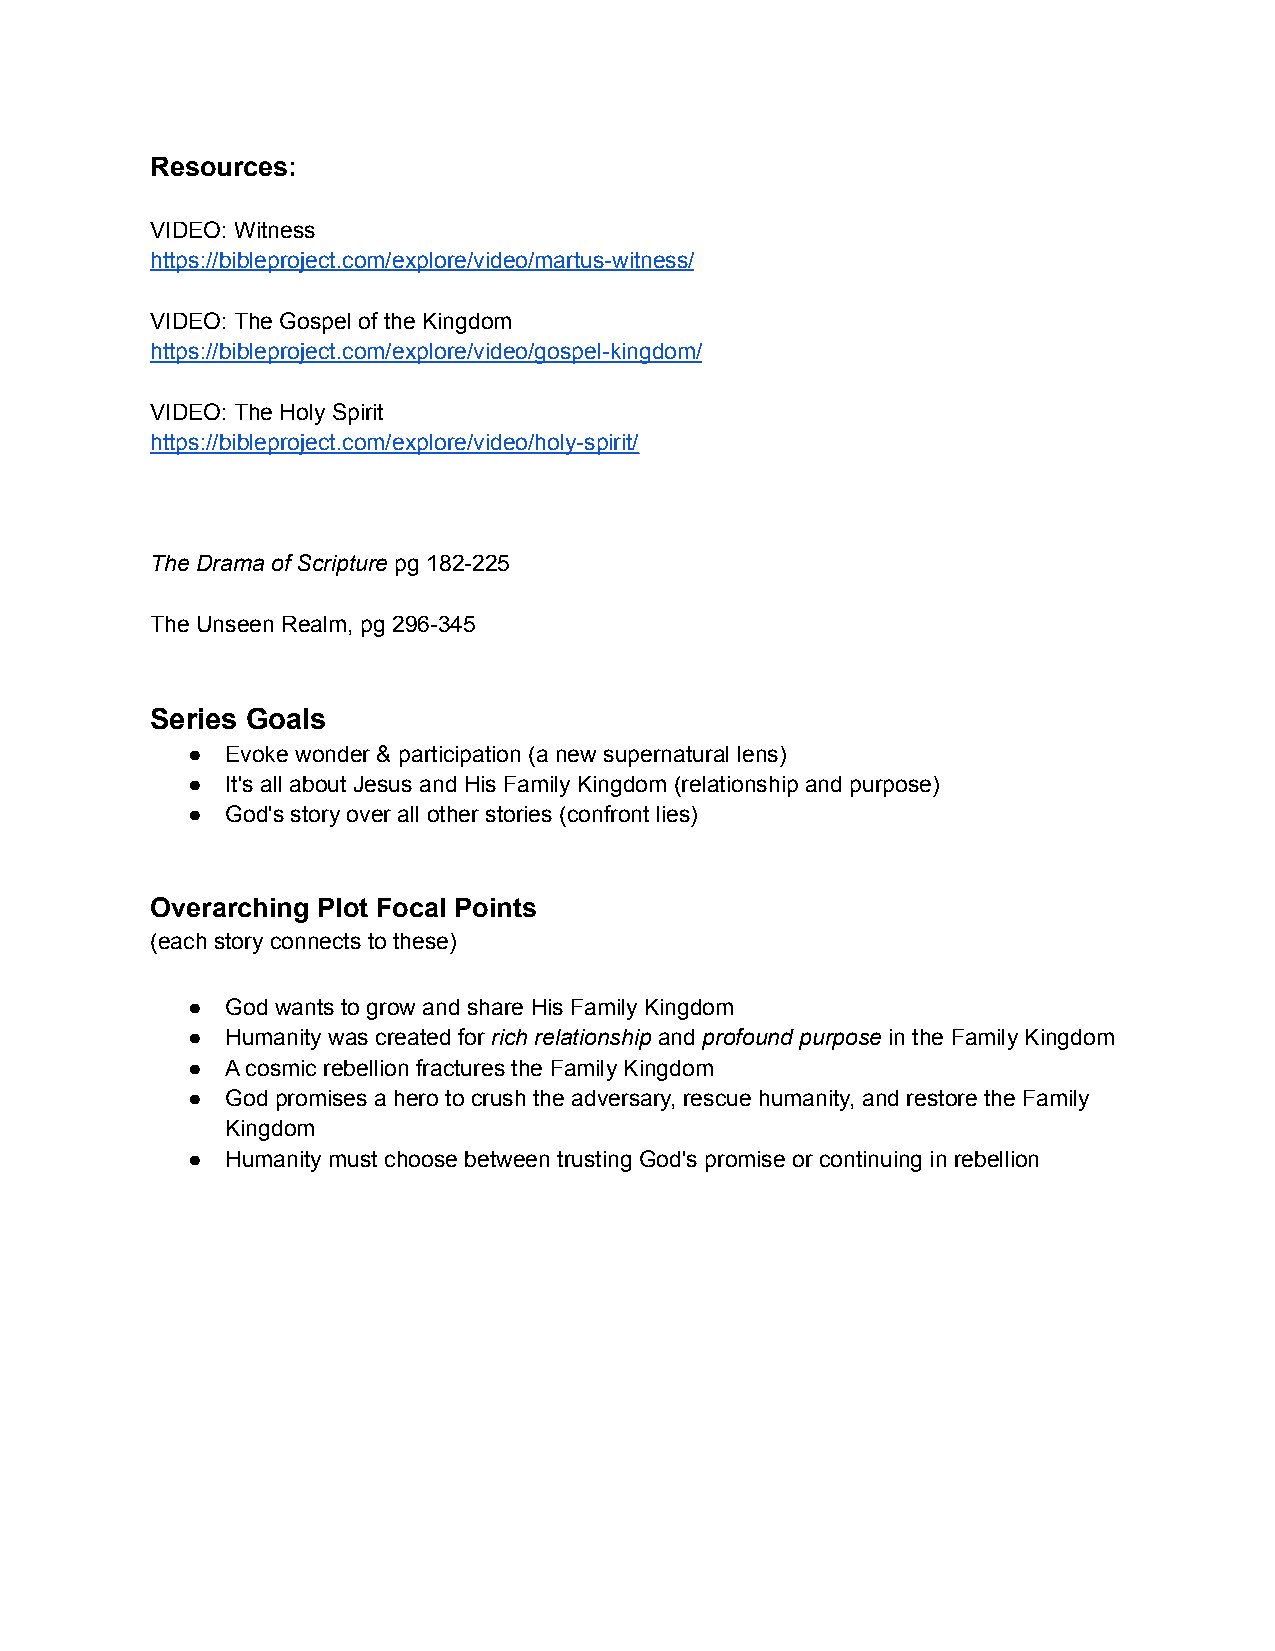
Resources:
 VIDEO: Witness
 https://bibleproject.com/explore/video/martus-witness/
 VIDEO: The Gospel of the Kingdom
 https://bibleproject.com/explore/video/gospel-kingdom/
 VIDEO: The Holy Spirit
 https://bibleproject.com/explore/video/holy-spirit/
 The Drama of Scripture pg 182-225
 The Unseen Realm, pg 296-345
 Series Goals
 ●  Evoke wonder & participation (a new supernatural lens)
 ●  It's all about Jesus and His Family Kingdom (relationship and purpose)
 ●  God's story over all other stories (confront lies)
 Overarching Plot Focal Points
 (each story connects to these)
 ●  God wants to grow and share His Family Kingdom
 ●  Humanity was created for rich relationship and profound purpose in the Family Kingdom
 ●  A cosmic rebellion fractures the Family Kingdom
 ●  God promises a hero to crush the adversary, rescue humanity, and restore the Family
 Kingdom
 ●  Humanity must choose between trusting God's promise or continuing in rebellion